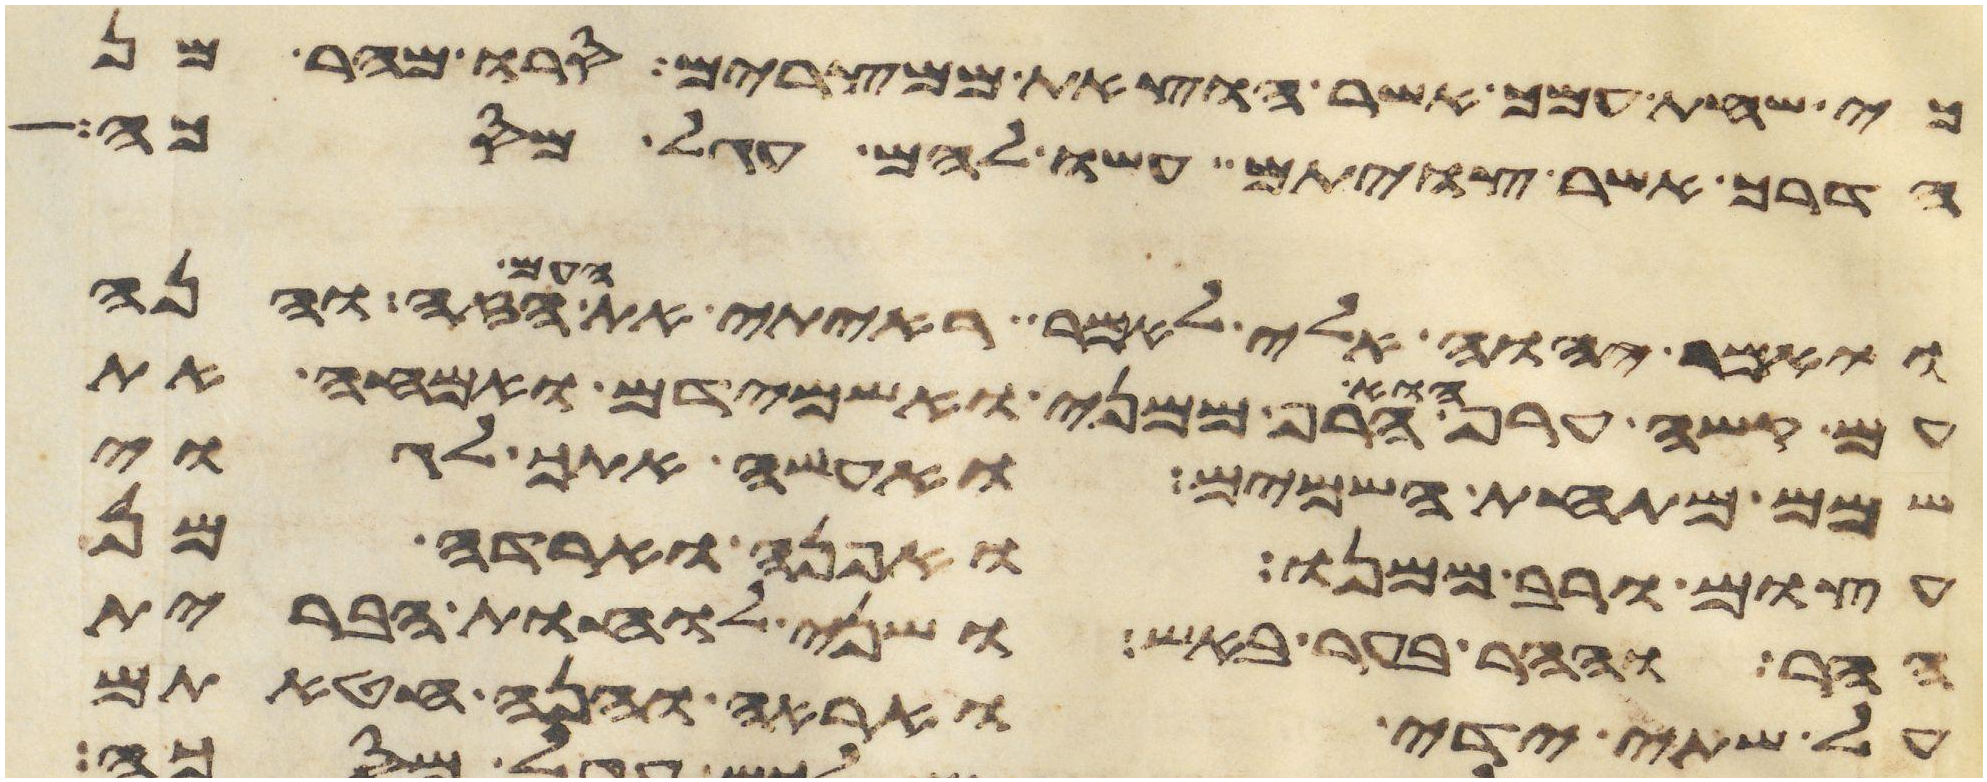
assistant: כי שחת עמך אשר הוצאת ממצרים סרו מהר מן
הדרך אשר צויתם עשו להם עגל מסכה
ויאמר יהוה אלי לאמר ראיתי את העם הזה והנה
עם קשה ערף הוא הרף ממני ואשמידם ואמחה את
שמם מתחת השמים ואעשה אתך לגוי
עצום ורב ממנו ואפנה וארדה מן
ההר וההר בער באש ושני לוחת הברית
על שתי ידי ואראה והנה חטאתם